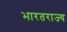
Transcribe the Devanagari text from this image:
भारतराज्य